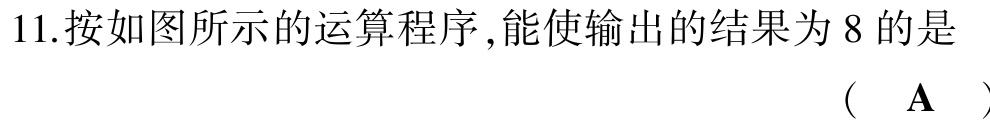
11.按如图所示的运算程序 ,能使输出的结果为 8 的是 （ $\mathbf{A}$ ）